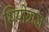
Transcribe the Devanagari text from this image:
थियोग्नाज